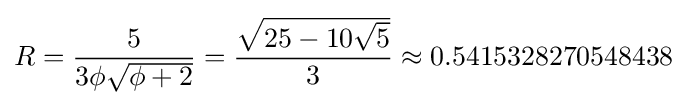
R={\frac {5}{3\phi {\sqrt {\phi +2}}}}={\frac {\sqrt {25-10{\sqrt {5}}}}{3}}\approx 0.5415328270548438